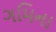
ગમિના